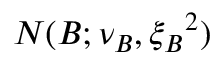
N ( B ; \nu _ { B } , { \xi _ { B } } ^ { 2 } )